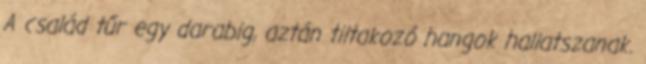
A család tűr egy darabig, aztán tiltakozó hangok hallatszanak.